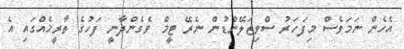
އެހެން ނަމަވެސް މިފަހަރު ސްވިޒަލޭންޑުން ނެރޭ ޓީމް ވެގެންދާނީ ފަހުގެ ތާރީޚެއްގައި އެ